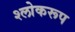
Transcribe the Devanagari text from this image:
श्लोकरूप